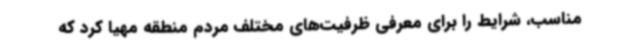
مناسب، شرایط را برای معرفی ظرفیت‌های مختلف مردم منطقه مهیا کرد که